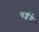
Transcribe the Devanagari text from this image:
चईये